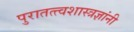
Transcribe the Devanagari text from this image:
पुरातत्त्वशास्त्रज्ञांनी